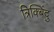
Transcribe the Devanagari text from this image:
त्रिक्बिंदु